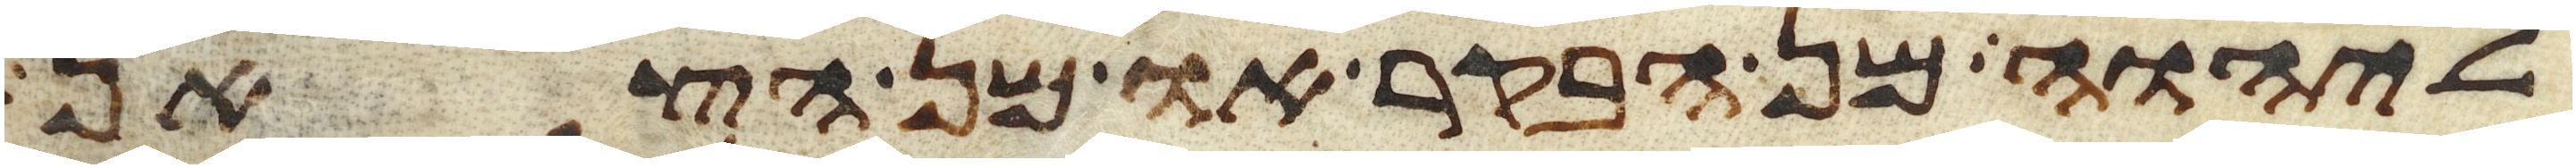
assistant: ליהוה מן הבקר או מן הצאן